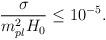
LaTeX: \begin{align*}\frac{\sigma}{m_{pl}^2H_0} \leq 10^{-5}. \end{align*}